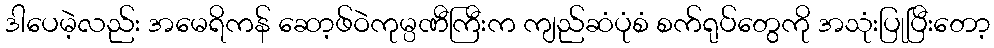
ဒါပေမဲ့လည်း အမေရိကန် ဆော့ဖ်ဝဲကုမ္ပဏီကြီးက ကျည်ဆံပုံစံ စက်ရုပ်တွေကို အသုံးပြုပြီးတော့